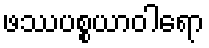
ဖဿပစ္စယာဝါရော